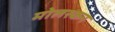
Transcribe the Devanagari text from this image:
मोलस्कन